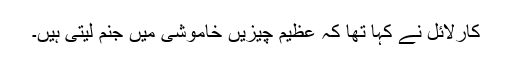
کارلائل نے کہا تھا کہ عظیم چیزیں خاموشی میں جنم لیتی ہیں۔